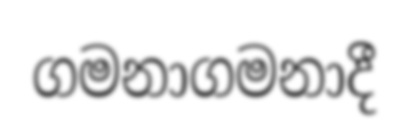
ගමනාගමනාදී